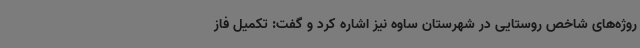
روژه‌های شاخص روستایی در شهرستان ساوه نیز اشاره کرد و گفت: تکمیل فاز